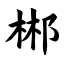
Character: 郴